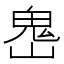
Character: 𩲈